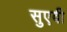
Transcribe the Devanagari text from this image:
सुएवी